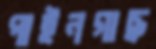
পাইনগাছ